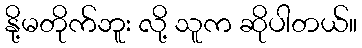
နို့မတိုက်ဘူး လို့ သူက ဆိုပါတယ်။